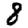
Digit: 8